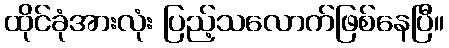
ထိုင်ခုံအားလုံး ပြည့်သလောက်ဖြစ်နေပြီ။